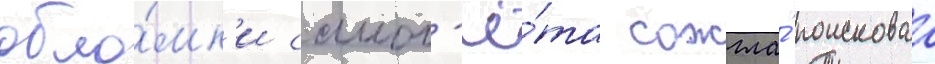
обло́мк'и самол'ё́та сожгла́ поисковаа